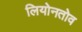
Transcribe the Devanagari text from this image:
लियोनतोव